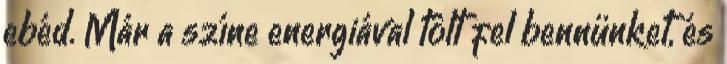
ebéd. Már a színe energiával tölt fel bennünket, és